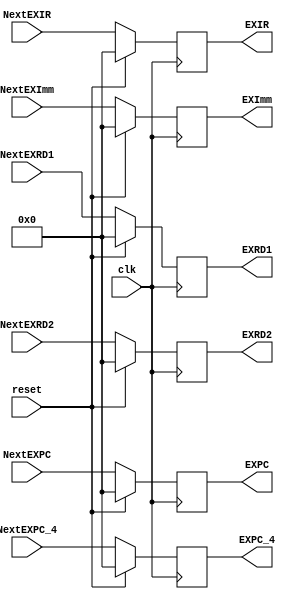
`timescale 1ns / 1ps
//////////////////////////////////////////////////////////////////////////////////
// Company: 
// Engineer: 
// 
// Design Name: 
// Module Name:    EXecuteReg 
// Project Name: 
// Target Devices: 
// Tool versions: 
// Description: 
//
// Dependencies: 
//
// Revision: 
// Revision 0.01 - File Created
// Additional Comments: 
//
//////////////////////////////////////////////////////////////////////////////////
module ExecuteReg(
	//input
	input clk,
	input reset,
	input [31:0] NextEXPC,
	input [31:0] NextEXPC_4,
	input [31:0] NextEXIR,

	input [31:0] NextEXImm,
	input [31:0] NextEXRD1,
	input [31:0] NextEXRD2,

	output reg [31:0] EXPC,
	output reg [31:0] EXPC_4,
	output reg [31:0] EXIR, 

	output reg [31:0] EXImm,
	output reg [31:0] EXRD1,
	output reg [31:0] EXRD2
   );
	parameter init = 32'h0000_0000;//
	always@(posedge clk) begin //
		if (reset == 1'b1) begin
			EXPC <= 32'h0000_0000;
			EXPC_4 <= 32'h0000_0000;
			EXIR <= 32'h0000_0000;
			EXImm <= 32'h0000_0000;
			EXRD1 <= 32'h0000_0000;
			EXRD2 <= 32'h0000_0000;

		end else begin
			EXPC_4 <= NextEXPC_4;
			EXPC <= NextEXPC;
			EXIR <= NextEXIR;
			EXImm <= NextEXImm;
			EXRD1 <= NextEXRD1;
			EXRD2 <= NextEXRD2;
		end
	
	end

endmodule